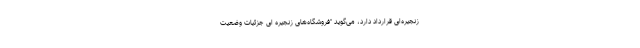
زنجیره‌ای قرارداد دارد، می‌گوید "فروشگاه‌های زنجیره ‌ای جزئیات وضعیت